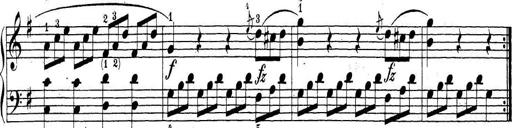
Title: Sonatina Album
Composer: Louis KÃ¶hler